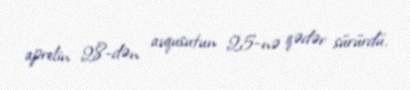
aprelin 28-dən avqusutun 25-nə qədər sürürdü.